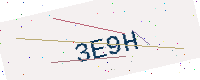
Text: 3E9H